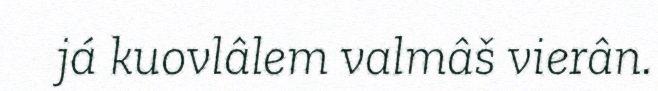
já kuovlâlem valmâš vierân.